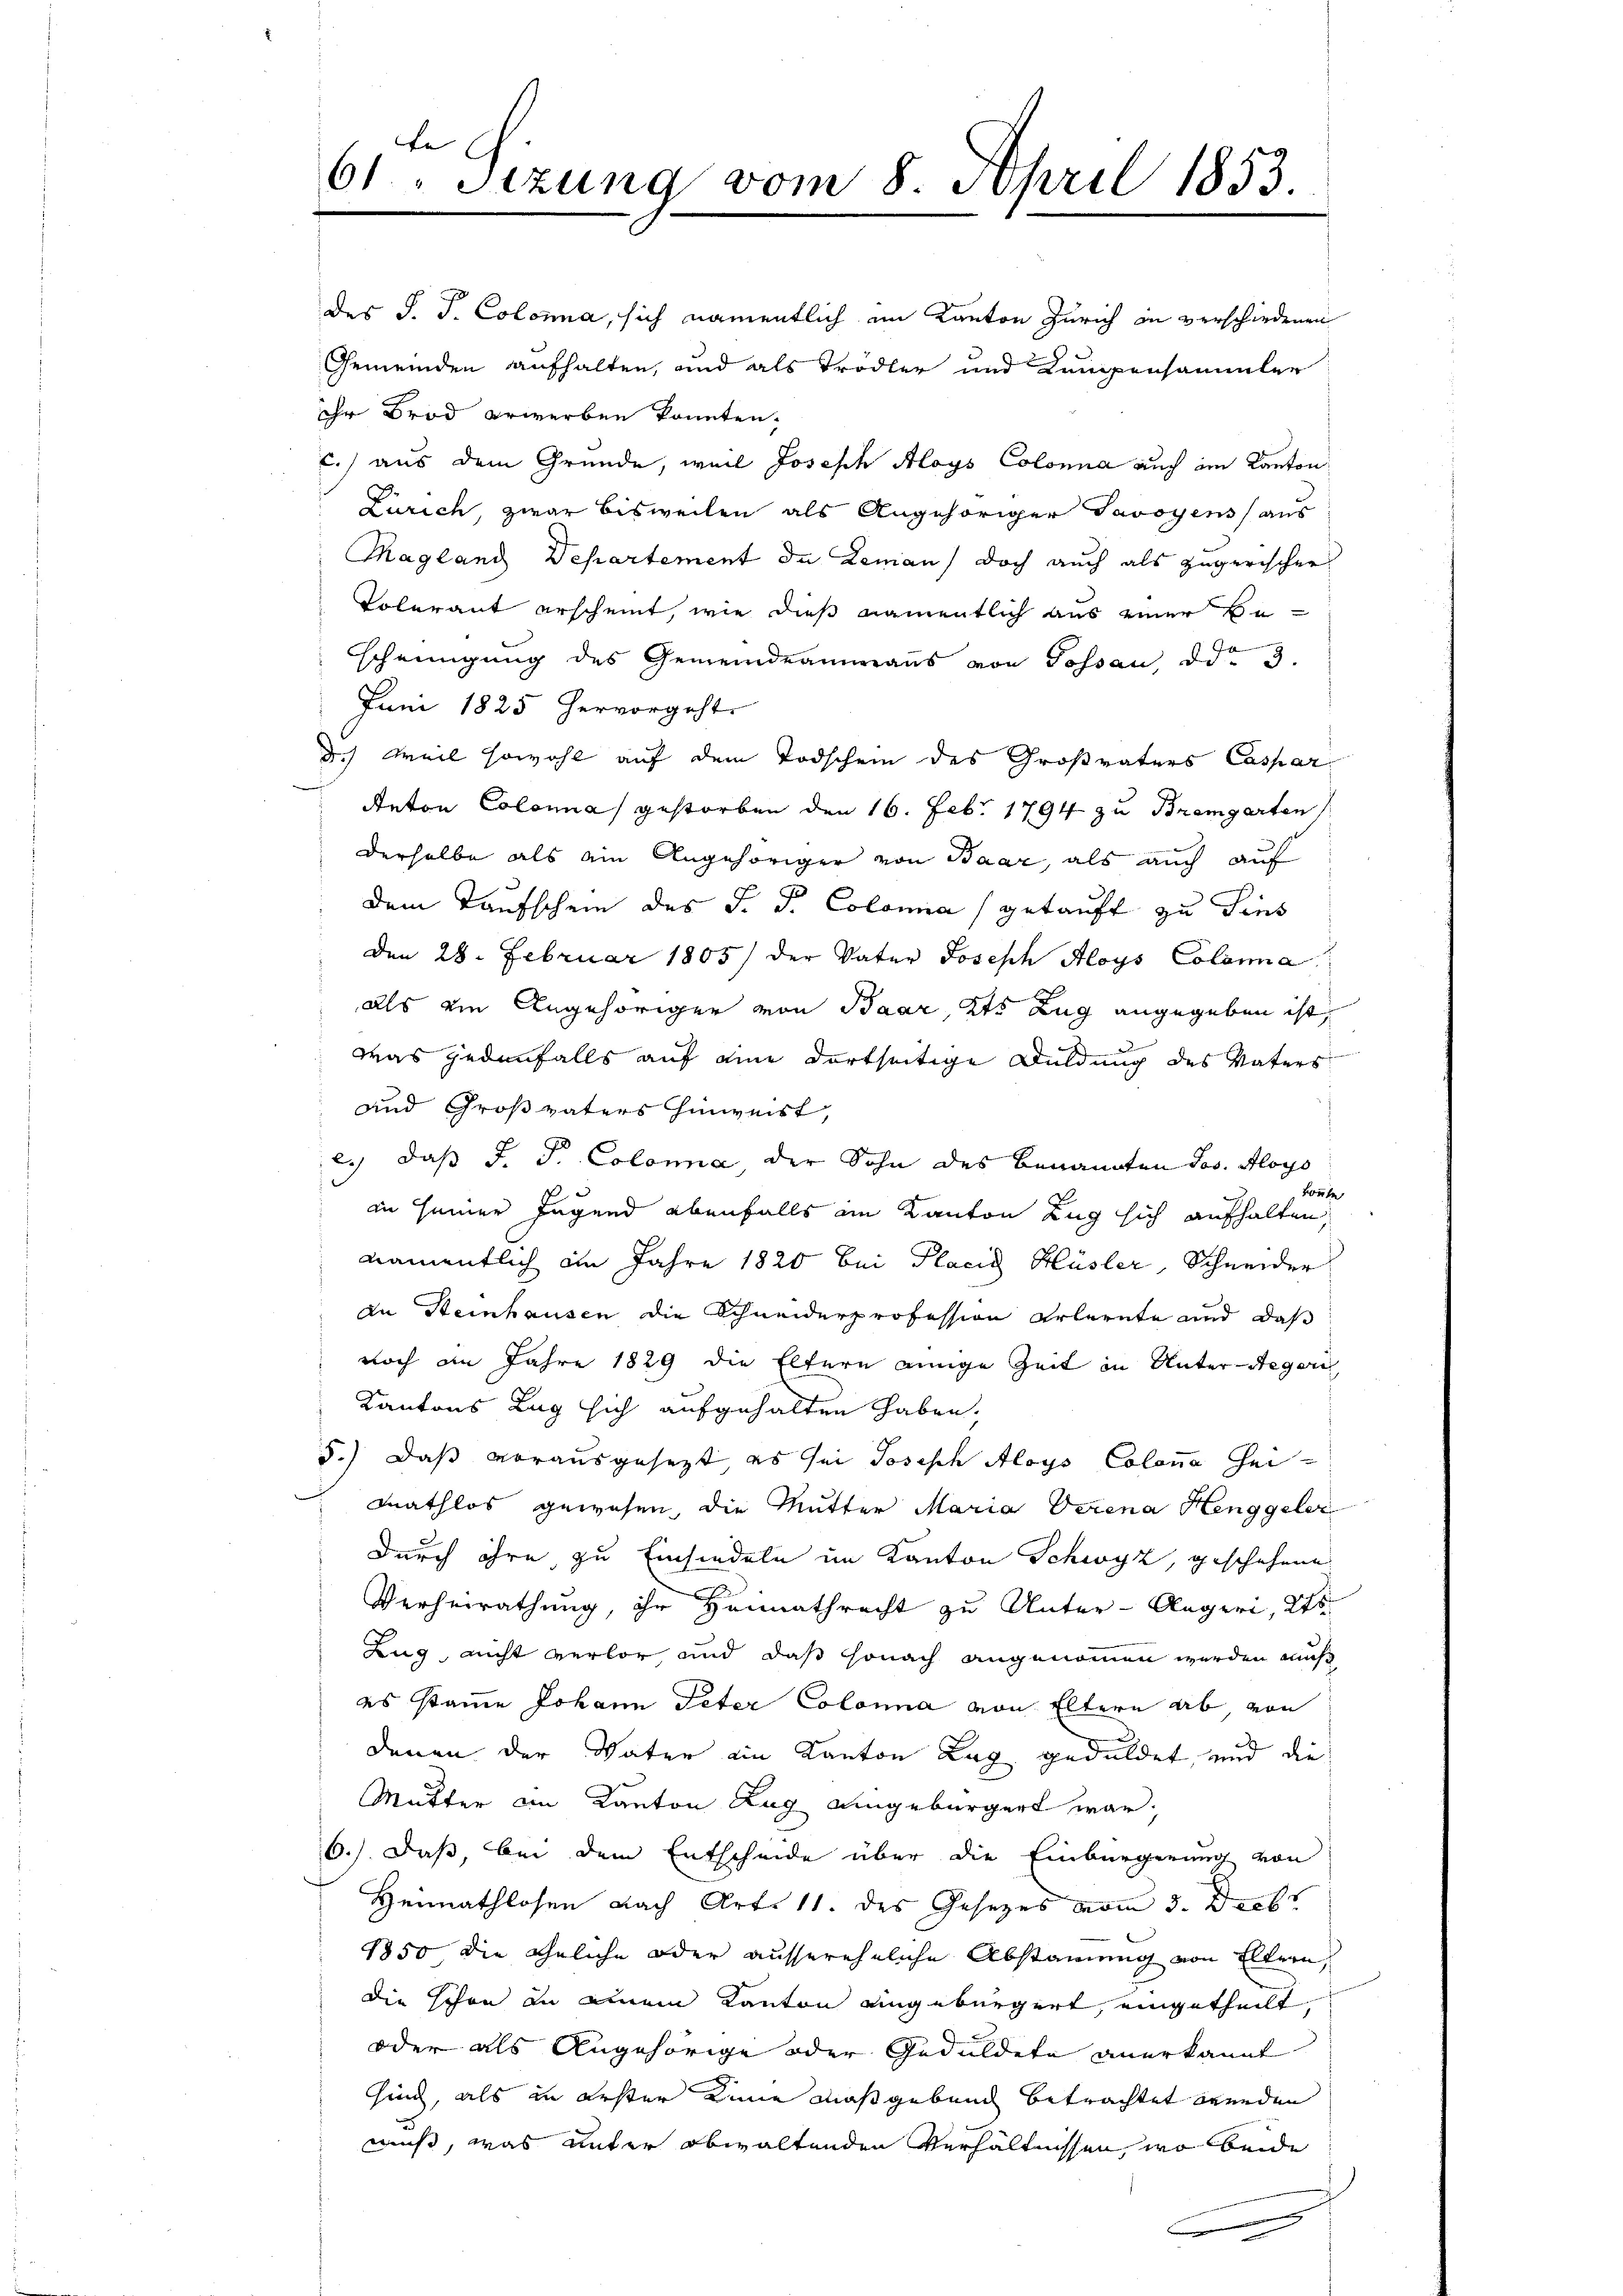
te |
61 Sizung vom 8. April 1853.

des S. J. Colona, sich namentlich im Kanton Zürich in verschiedenen
Gemeinden aufhalten, und als Trodler und Kampensammler
ihr Brod erwerben konnten.
c.) aus dem Grunde, weil Joseph Aloys Colonna auch im Kanton
Zürich, zwar bisweilen als Angehöriger Savoyens aus
Magland Departement de Leman, doch auch als zugerischer
Volerant erscheint, wie dieß namentlich aus einer Bescheinigung des Gemeindeammanns von Gossau, der 3.
Juni 1825 hervorgeht
d.) Weil sowohl auf dem Todschein des Großvaters Caspar
Anton Colona gestorben den 16. Febr. 1794 zu Bremgarten
derselbe als ein Angehöriger von Baar, als auch auf
dem Taufschein des F. P. Colonia (getauft zu dies
den 28. Februar 1805) der Vater Joseph Aloys Coloma
als ein Angehöriger von Baar, Kts Zug angegeben ist,
2
Was jedenfalls auf eine dortseitige Duldung des Vaters
und Großvaters Hinweist,
e.) daß F. S. Colona der Sohn des benannten Jos. Aloys
konnte
an seiner Jugend ebenfalls im Kanton Zug sich aufhalten,
namentlich im Jahre 1820 bei Placis Hüsler, Schneider
An Steinhausen die Schneiderprofession erlernte und daß
noch an Jahre 1829 die Eltern einige Zeit in Unter-Aegeri
Kantons Lag sich aufgehalten haben.
5.) Daß vorausgesetzt es sei Joseph Aloys Colona Heimathlos gewesen, die Mutter Maria Verena Henggeler
Durch ihre zu Einsiedeln im Kanton Schwyz, geschehene
Verheirathung, ihr Heimathrecht zu Unter-Aegeri, 2te
Lug, nicht verlor und daß sonach angenommen werden muß
es samme Johann Peter Colonna von Eltern ab, von
denen der Vater ein Kanton Lag geduldet, und die
Mutter am Kanton Zug eingebürgert war,
6.) Daß bei dem Entscheide über die Einbürgerung von
Heimathlosen Nach Art. 11. des Gesetzes vom 3. Diebs
1850 die ähnliche oder aussereheliche Abstammung von Eltern,
die schon an einem Kanton eingebürgert, eingetheilt,
oder als Angehörige oder Geduldete anerkannt
sing, als in erster Linie maßgebend betrachtet werden
mus, was unter obwaltenden Verhältnissen, wo beide
c